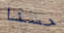
حسنا